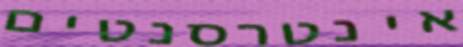
אינטרסנטים